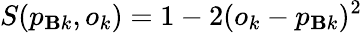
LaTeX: S(p_{\mathbf{B}k},o_{k})=1-2(o_{k}-p_{\mathbf{B}k})^{2}